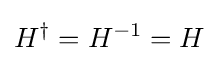
H^{\dagger }=H^{-1}=H